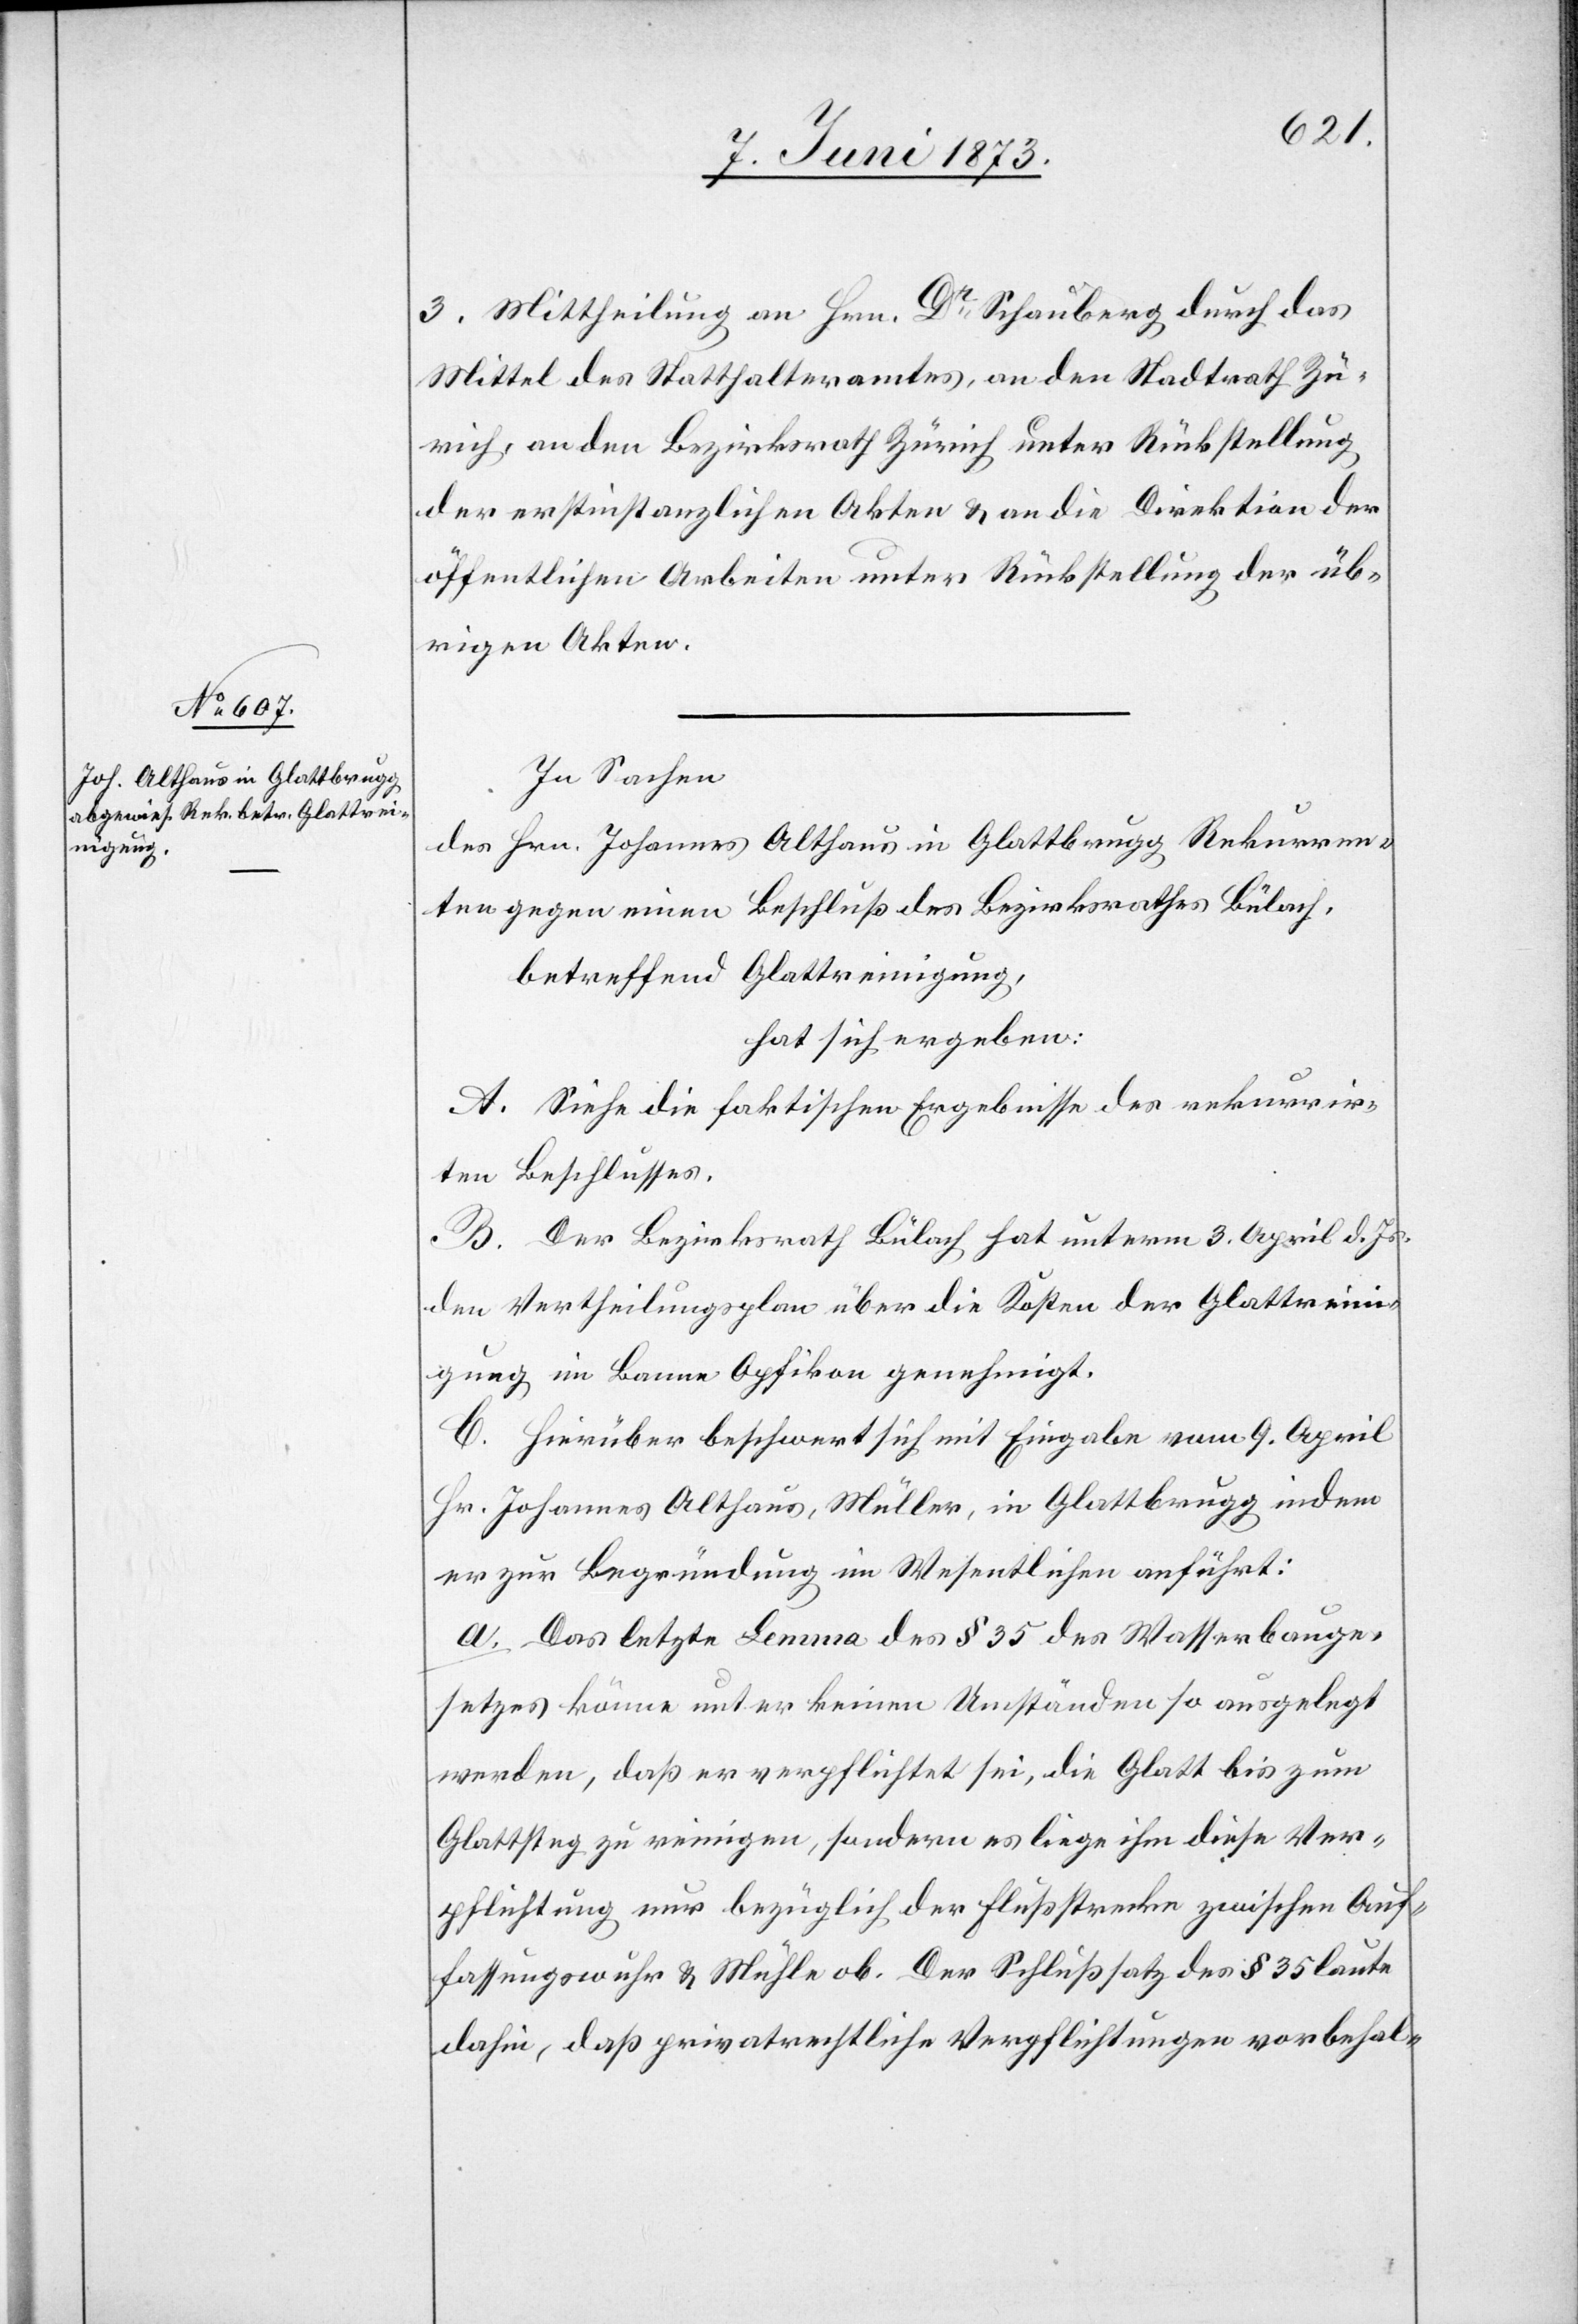
3. Mittheilung an Hrn. Dr Schauberg durch das
Mittel des Statthalteramtes, an den Stadtrath Zü¬
rich, an den Bezirksrath Zürich unter Rückstellung
der erstinstanzlichen Akten & an die Direktion der
öffentlichen Arbeiten unter Rückstellung der üb¬
rigen Akten.
In Sachen
des Hrn. Johannes Althaus in Glattbrugg Rekurren¬
ten gegen einen Beschluß des Bezirksrathes Bülach,
betreffend Glattreinigung,
hat sich ergeben:
A. Siehe die faktischen Ergebnisse des rekurrir¬
ten Beschlusses.
B. Der Bezirksrath Bülach hat unterm 3. April d. Js.
den Vertheilungsplan über die Kosten der Glattrein¬
igung im Banne Opfikon genehmigt.
C. Hierüber beschwert sich mit Eingabe vom 9. April
Hr. Johannes Althaus, Müller, in Glattbrugg indem
er zur Begründung im Wesentlichen anführt:
a. Das letzte Lemma des § 35 des Wasserbauge¬
setzes könne unter keinen Umständen so ausgelegt
werden, daß er verpflichtet sei, die Glatt bis zum
Glattsteg zu reinigen, sondern es liege ihm diese Ver¬
pflichtung nur bezüglich der Flußstrecke zwischen Auf¬
fassungswuhr & Mühle ob. Der Schlußsatz des § 35 laute
dahin, daß privatrechtliche Verpflichtungen vorbehal-